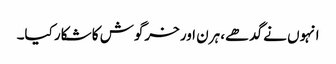
انہوں نے گدھے، ہرن اور خرگوش کا شکار کیا۔